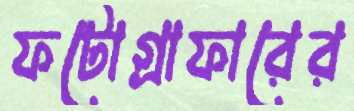
ফটোগ্রাফারের